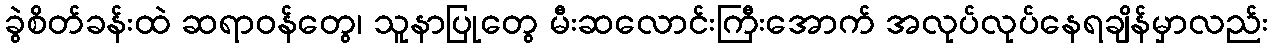
ခွဲစိတ်ခန်းထဲ ဆရာဝန်တွေ၊ သူနာပြုတွေ မီးဆလောင်းကြီးအောက် အလုပ်လုပ်နေရချိန်မှာလည်း